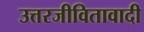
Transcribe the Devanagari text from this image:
उत्तरजीवितावादी